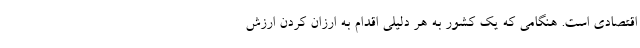
اقتصادی است. هنگامی که یک کشور به هر دلیلی اقدام به ارزان کردن ارزش